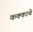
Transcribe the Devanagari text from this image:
कक्‍काबे